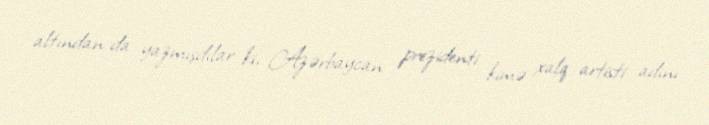
altından da yazmışdılar ki, Azərbaycan prezidenti kimə xalq artisti adını